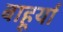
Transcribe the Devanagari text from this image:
बाहूर्या